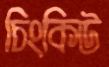
চিংকিউ